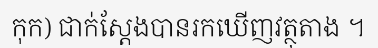
កុក) ជាក់ស្តែងបានរកឃើញវត្ថុតាង ។